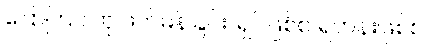
ပြောကြပါဟု ဖိတ်မန်ခြင်း၊ ရှင်ဖြစ်စ ရဟန်းဖြစ်စ